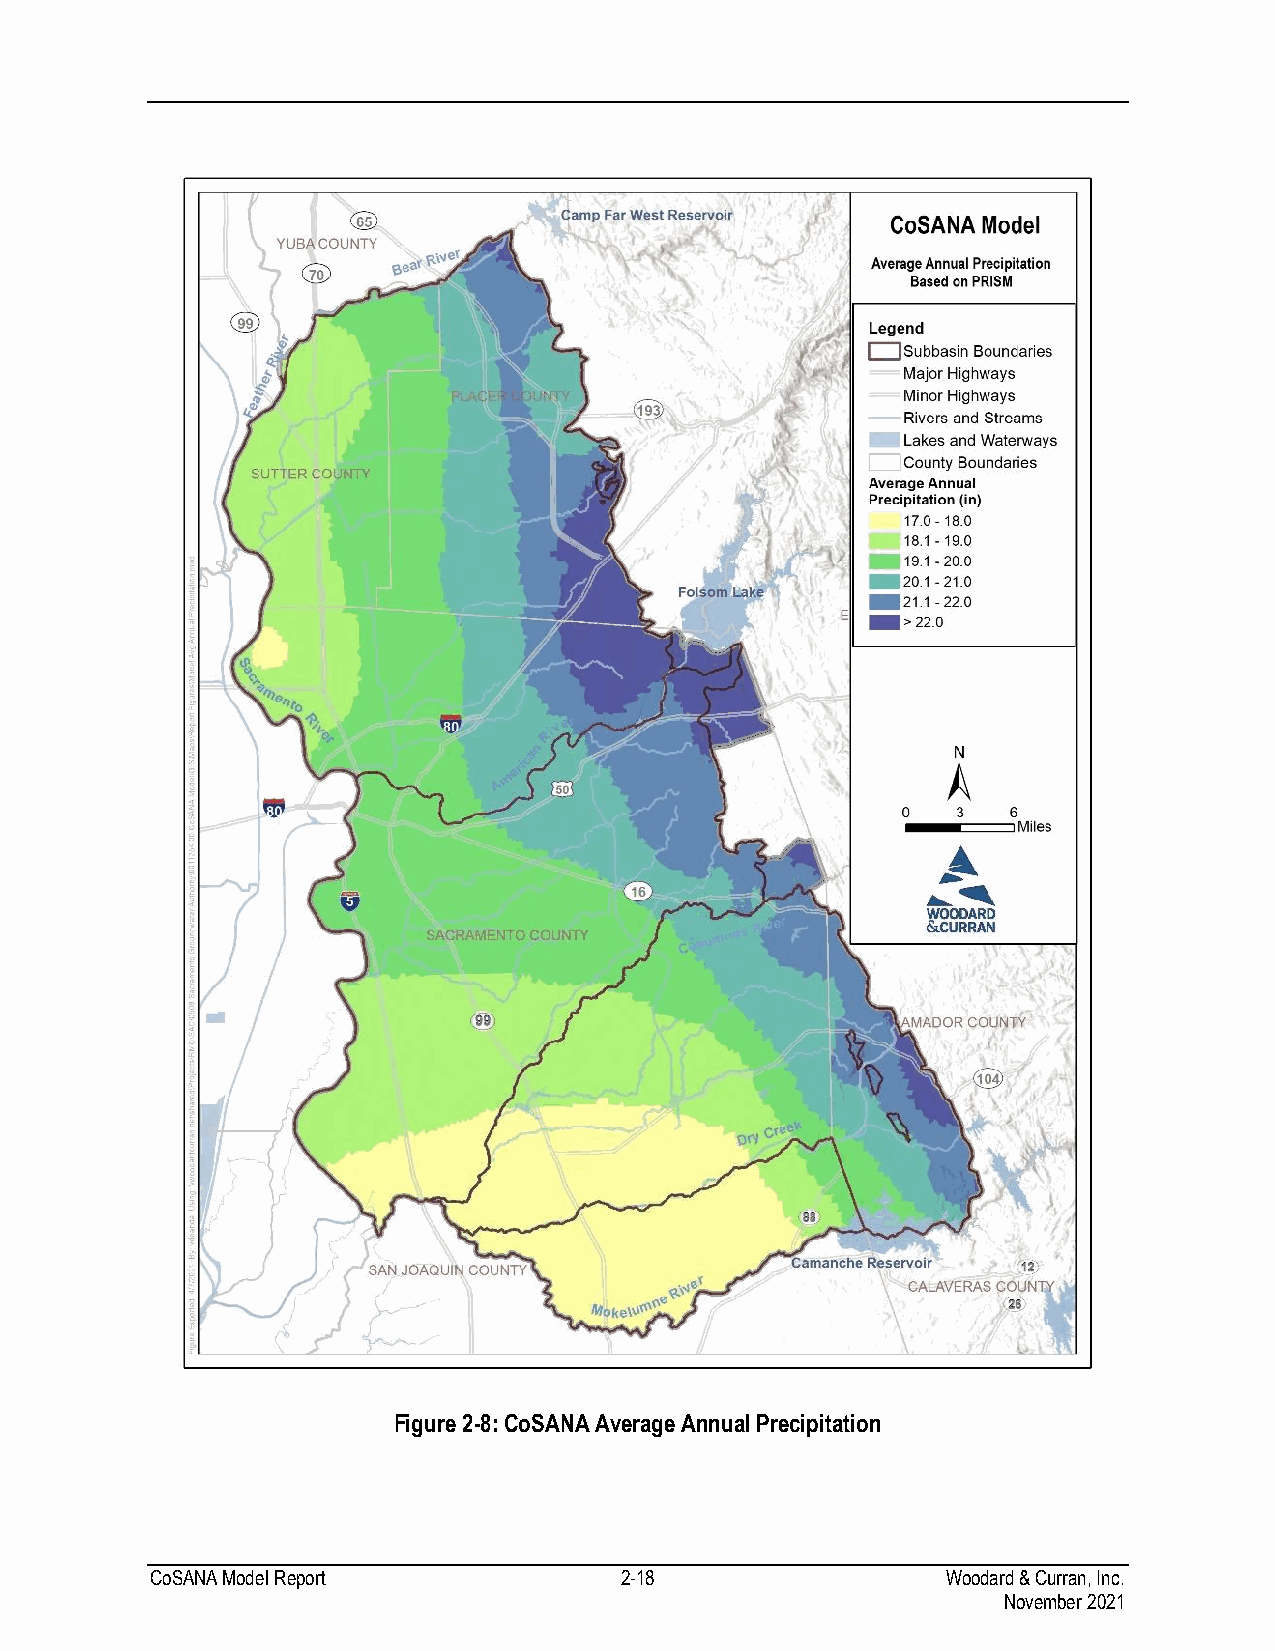
Figure 2-8: CoSANA Average Annual Precipitation
 CoSANA Model Report            2-18                  Woodard & Curran, Inc.
 November 2021